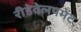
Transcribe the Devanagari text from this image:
रीडेवेलपमेंट